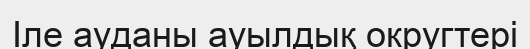
Іле ауданы ауылдық округтері